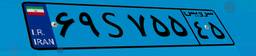
۳۲S۴۰۹۴۷